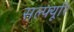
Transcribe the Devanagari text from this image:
सल्फ्यूरि